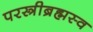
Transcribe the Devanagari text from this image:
परस्त्रीब्रह्मस्व